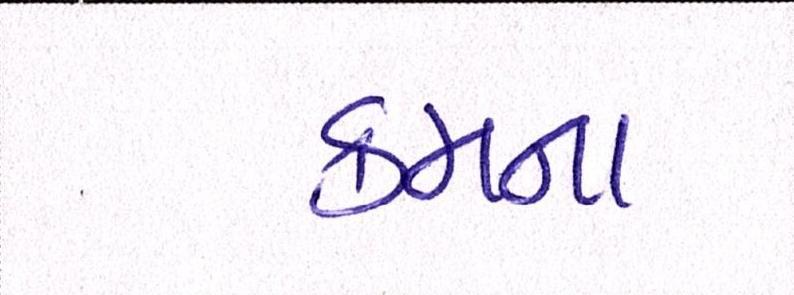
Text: ક્રમના